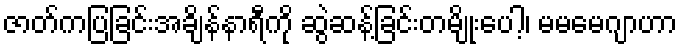
ဇာတ်ကပြခြင်းအချိန်နာရီကို ဆွဲဆန့်ခြင်းတမျိုးပေါ့၊ မမမေဂျာဟာ